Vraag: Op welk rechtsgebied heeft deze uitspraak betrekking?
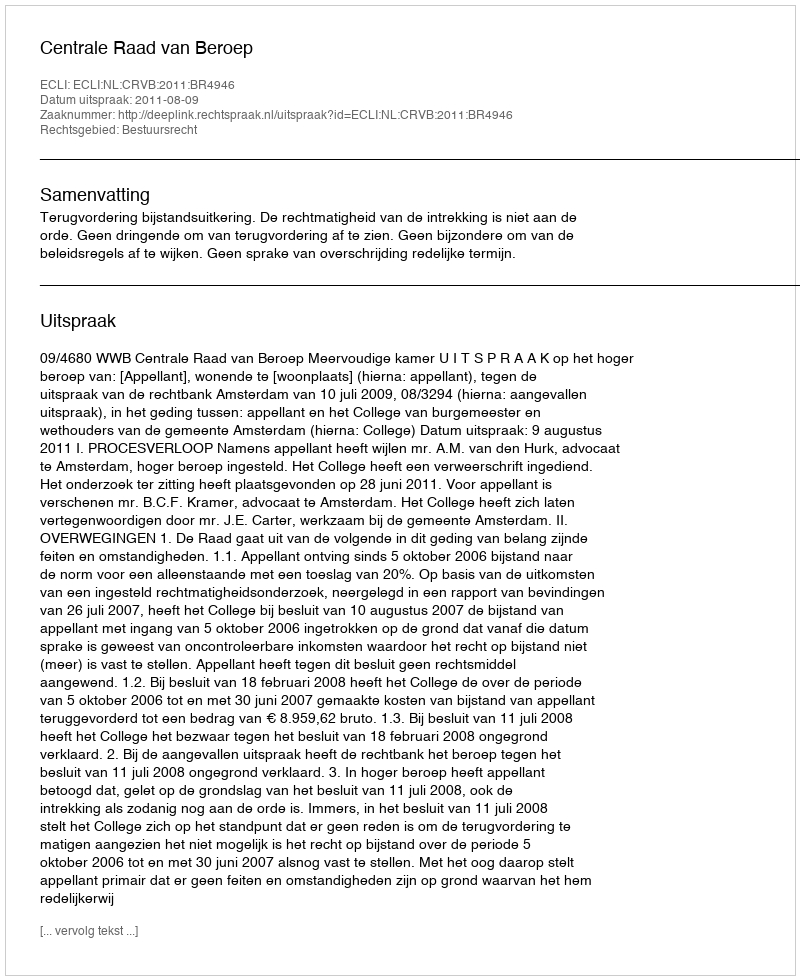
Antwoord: Bestuursrecht